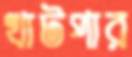
খাটপার